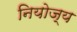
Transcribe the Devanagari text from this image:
नियोज्य